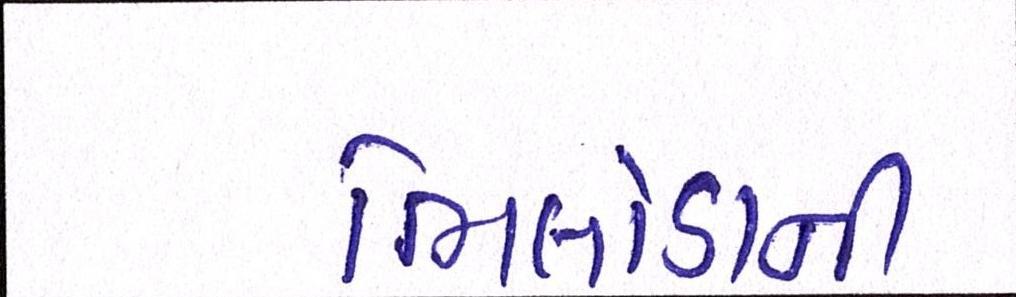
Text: ભિલોડાની